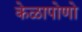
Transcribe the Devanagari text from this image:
केळापोणो